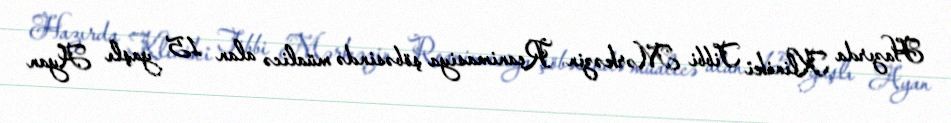
Hazırda Kliniki Tibbi Mərkəzin Reanimasiya şöbəsində müalicə alan 15 yaşlı Ayan